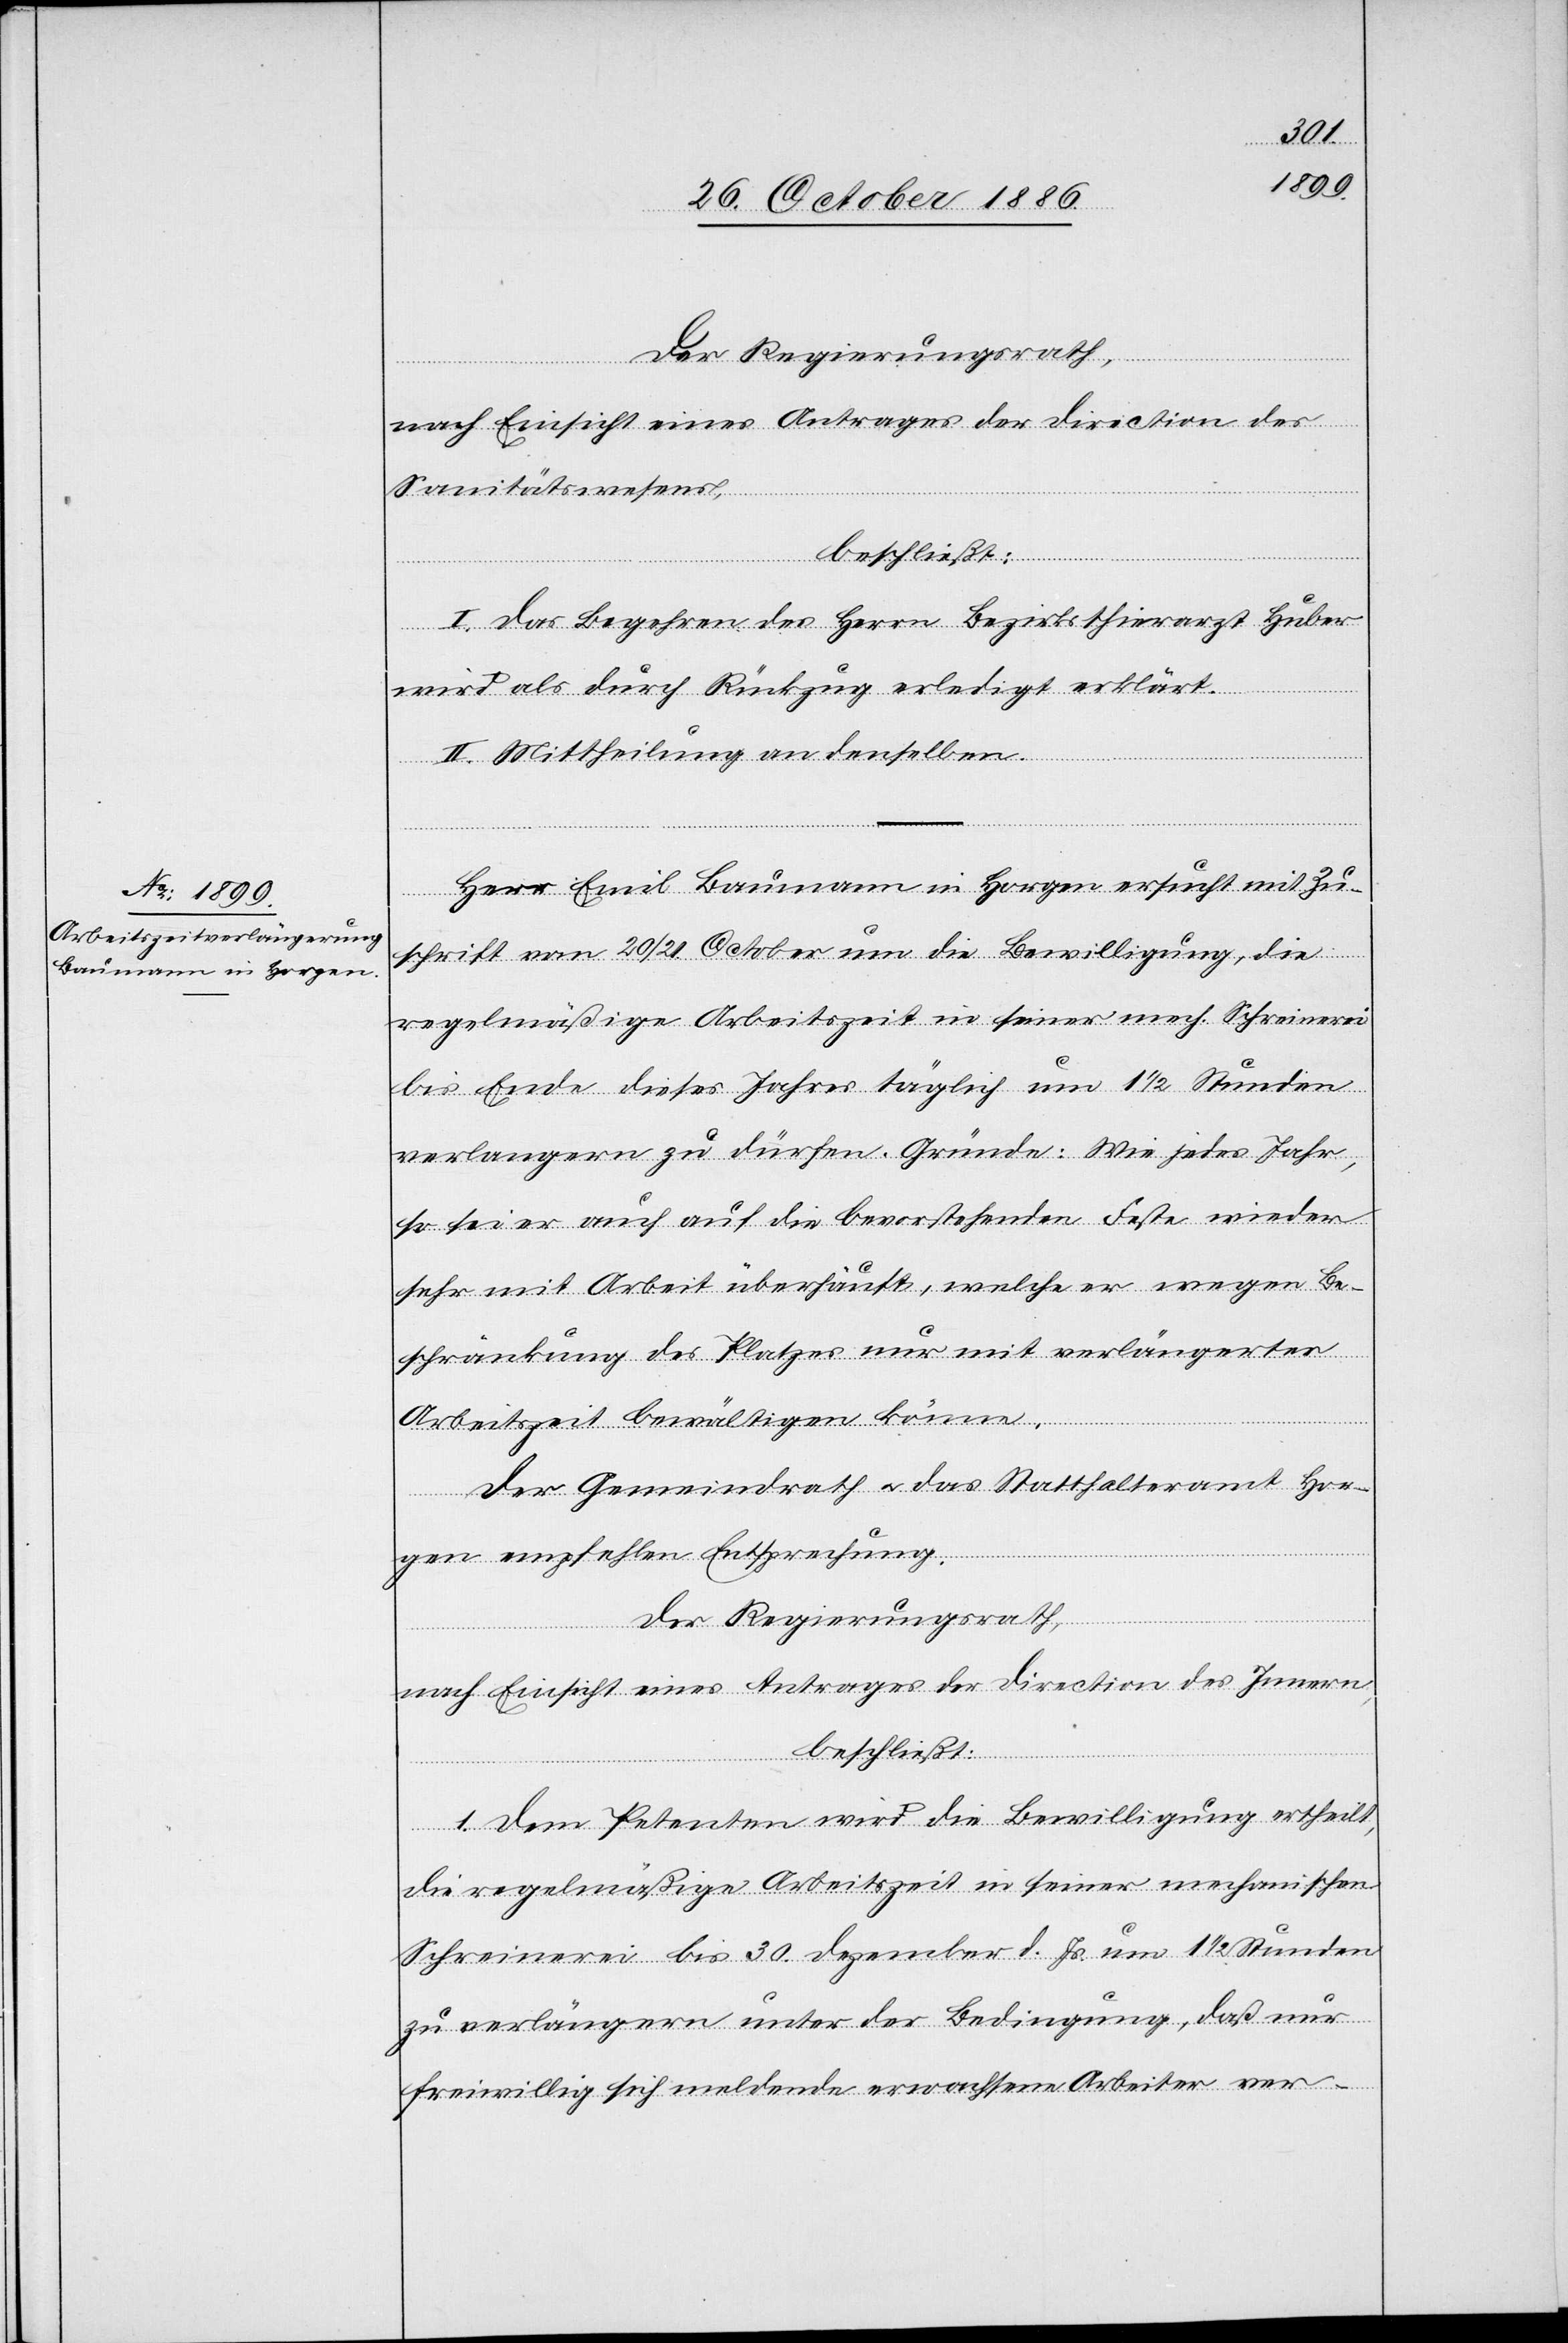
Der Regierungsrath,
nach Einsicht eines Antrages der Direction des
Sanitätswesens,
beschließt:
I. Das Begehren des Herrn Bezirksthierarzt Huber
wird als durch Rückzug erledigt erklärt.
II. Mittheilung an denselben.
Herr Emil Baumann in Horgen ersucht mit Zu¬
schrift vom 20./21. October um die Bewilligung, die
regelmäßige Arbeitszeit in seiner mech. Schreinerei
bis Ende dieses Jahres täglich um 1 1/2 Stunden
verlangern [sic!] zu dürfen. Gründe: Wie jedes Jahr,
so sei er auch auf die bevorstehenden Feste wieder
sehr mit Arbeit überhäuft, welche er wegen Be¬
schränkung des Platzes nur mit verlängerter
Arbeitszeit bewältigen könne.
Der Gemeindrath & das Statthalteramt Hor¬
gen empfehlen Entsprechung.
Der Regierungsrath,
nach Einsicht eines Antrages der Direction des Innern,
beschließt:
1. Dem Petenten wird die Bewilligung ertheilt,
die regelmäßige Arbeitszeit in seiner mechanischen
Schreinerei bis 30. Dezember d. Js. um 1 1/2 Stunden
zu verlängern unter der Bedingung, daß nur
freiwillig sich meldende erwachsene Arbeiter ver-